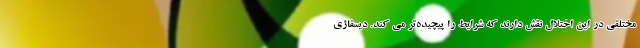
مختلفی در این اختلال نقش دارند که شرایط را پیچیده‌تر می کند. دیسفاژی